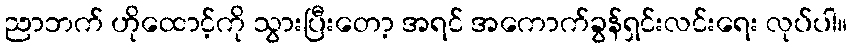
ညာဘက် ဟိုထောင့်ကို သွားပြီးတော့ အရင် အကောက်ခွန်ရှင်းလင်းရေး လုပ်ပါ။